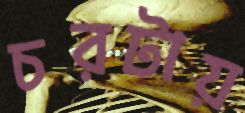
চরটায়